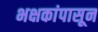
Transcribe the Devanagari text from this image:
भक्षकांपासून